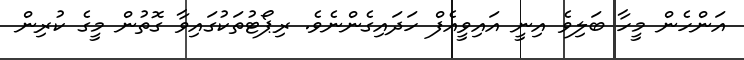
އަންހެން މީހާ ބަލިވެ އިނީ އައިވީއެފް ހަދައިގެންނެވެ. ރިޕޯޓުތަކުގައިވާ ގޮތުން މީގެ ކުރިން